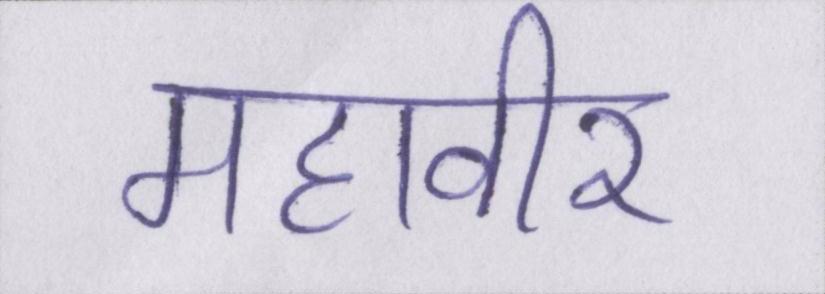
महावीर